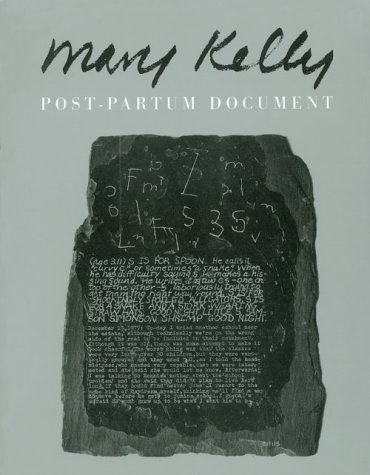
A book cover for Post-Partum Document; Mary Kelly; Arts & Photography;